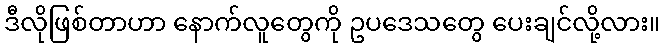
ဒီလိုဖြစ်တာဟာ နောက်လူတွေကို ဥပဒေသတွေ ပေးချင်လို့လား။